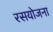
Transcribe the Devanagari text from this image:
रसयोजना